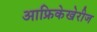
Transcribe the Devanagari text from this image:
आफ्रिकेखेरीज